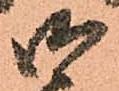
御